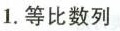
1.等比数列